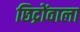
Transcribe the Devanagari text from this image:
छिद्रोंवाला